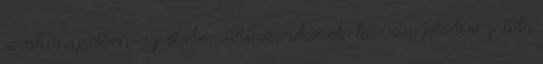
sorskönyvében az élete. Mindenkinek ki van jelölve z út,